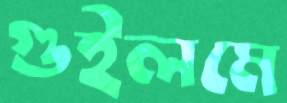
গুইলমে